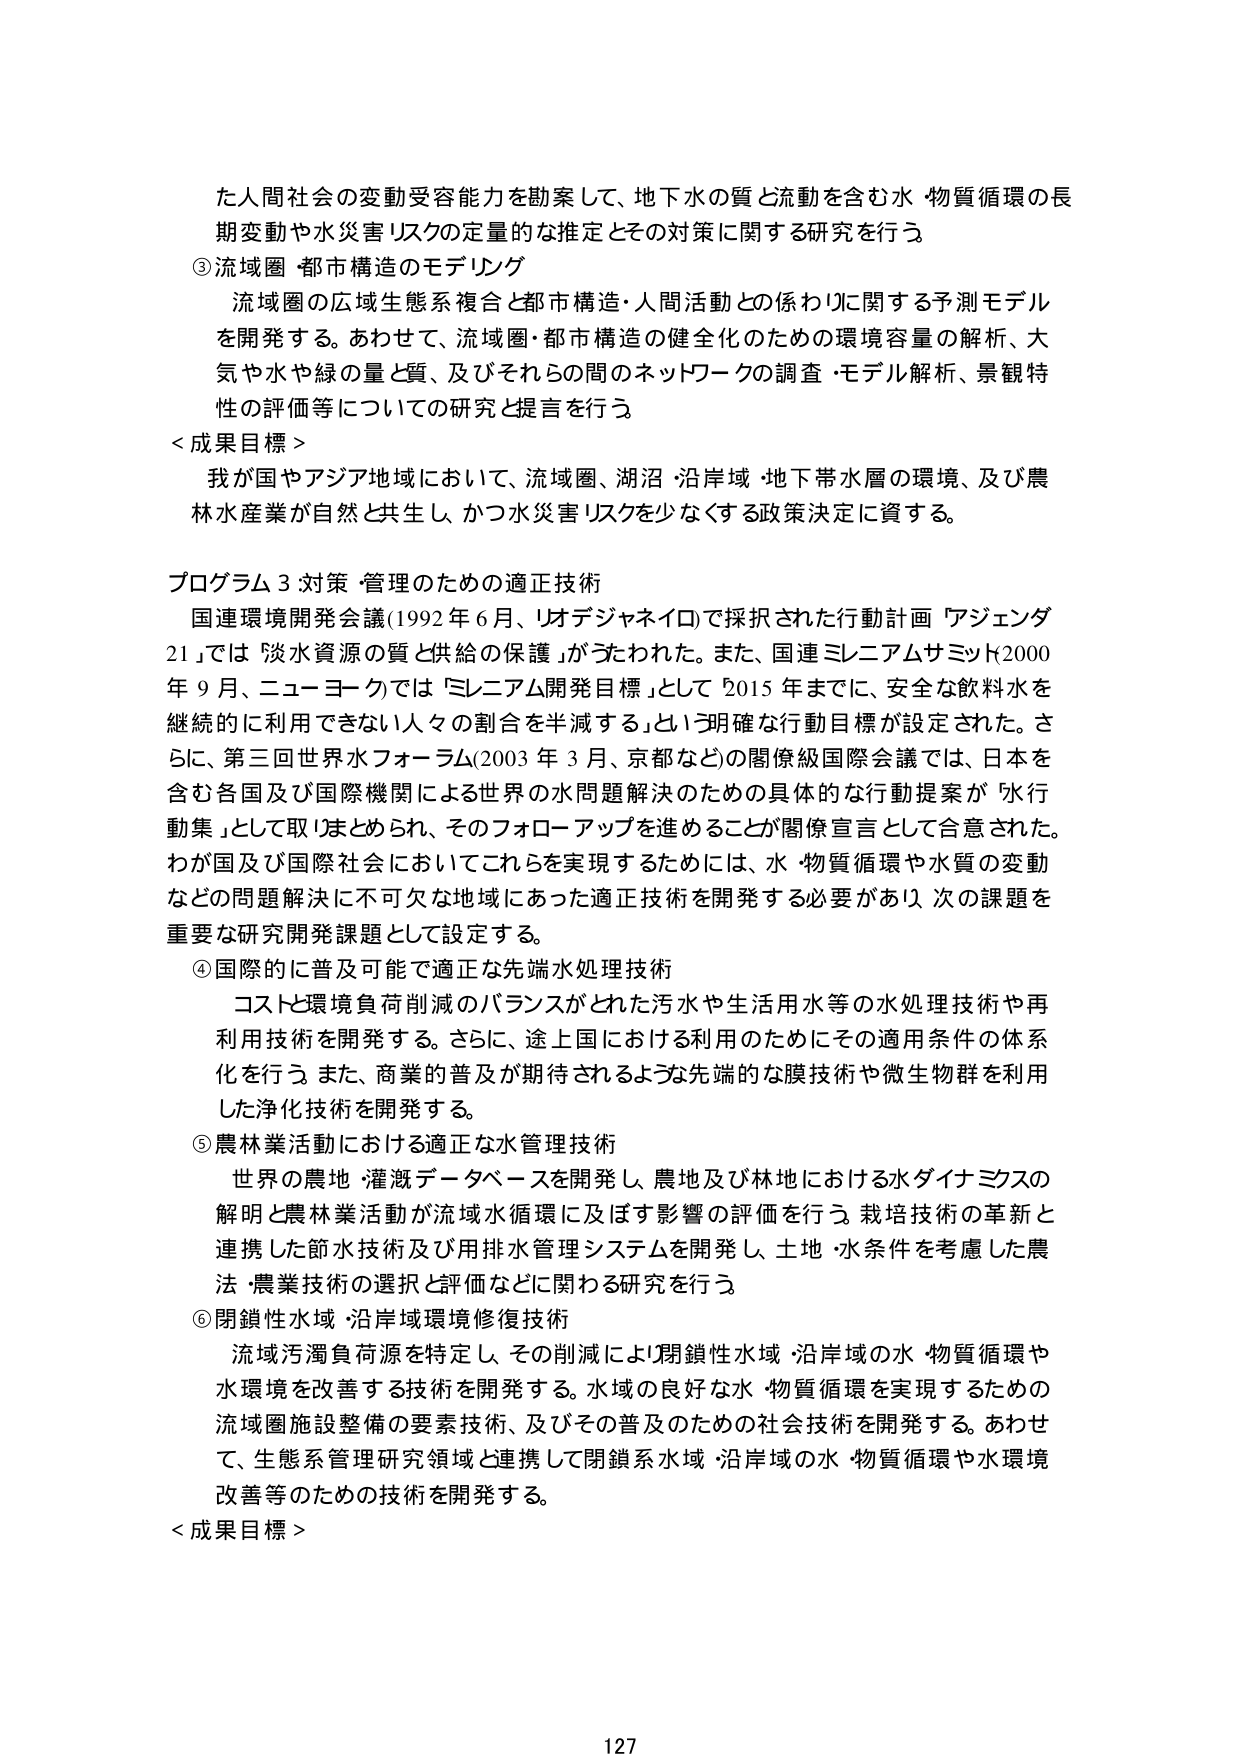
た人間社会の変動受容能力を勘案して、地下水の質と流動を含む水・物質循環の長期変動や水災害リスクの定量的な推定とその対策に関する研究を行う

③流域圏・都市構造のモデリング
流域圏の広域生態系複合と都市構造・人間活動との係わりに関する予測モデルを開発する。あわせて、流域圏・都市構造の健全化のための環境容量の解析、大気や水や緑の量と質、及びそれらの間のネットワークの調査・モデル解析、景観特性の評価等についての研究と提言を行う

＜成果目標＞
我が国やアジア地域において、流域圏、湖沼・沿岸域・地下帯水層の環境、及び農林水産業が自然と共生し、かつ水災害リスクを少なくする政策決定に資する。

プログラム3 対策・管理のための適正技術
国連環境開発会議（1992年6月、リオデジャネイロ）で採択された行動計画「アジェンダ21」では「淡水資源の質と供給の保護」がうたわれた。また、国連ミレニアムサミット2000年9月、ニューヨークでは「ミレニアム開発目標」として「2015年までに、安全な飲料水を継続的に利用できない人々の割合を半減する」という明確な行動目標が設定された。さらに、第三回世界水フォーラム（2003年3月、京都など）の閣僚級国際会議では、日本を含む各国及び国際機関による世界の水問題解決のための具体的な行動提案が「水行動集」として取りまとめられ、そのフォローアップを進めることを閣僚宣言として合意された。わが国及び国際社会においてこれらを実現するためには、水・物質循環や水質の変動などの問題解決に不可欠な地域にあった適正技術を開発する必要があり、次の課題を重要な研究開発課題として設定する。

④国際的に普及可能で適正な先端水処理技術
コストと環境負荷削減のバランスがとれた汚水や生活用水等の水処理技術や再利用技術を開発する。さらに、途上国における利用のためにその適用条件の体系化を行う。また、商業的普及が期待されるような先端的な膜技術や微生物群を利用した浄化技術を開発する。

⑤農林業活動における適正な水管理技術
世界の農地・灌漑データベースを開発し、農地及び林地における水ダイナミクスの解明と農林業活動が流域水循環に及ぼす影響の評価を行う。栽培技術の革新と連携した節水技術及び用排水管理システムを開発し、土地・水条件を考慮した農法・農業技術の選択と評価などに関わる研究を行う。

⑥閉鎖性水域・沿岸域環境修復技術
流域汚濁負荷源を特定し、その削減により閉鎖性水域・沿岸域の水・物質循環や水環境を改善する技術を開発する。水域の良好な水・物質循環を実現するための流域圏施設整備の要素技術、及びその普及のための社会技術を開発する。あわせて、生態系管理研究領域と連携して閉鎖系水域・沿岸域の水・物質循環や水環境改善等のための技術を開発する。

＜成果目標＞

127